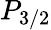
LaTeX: P_{3/2}